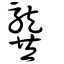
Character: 龔